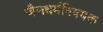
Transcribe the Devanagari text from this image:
जैनधर्मविषयक